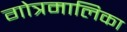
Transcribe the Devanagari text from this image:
गोत्रमालिका